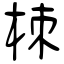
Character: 栜